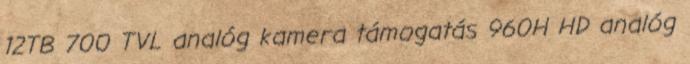
12TB 700 TVL analóg kamera támogatás 960H HD analóg